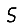
Digit: 5